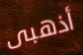
أذهبى